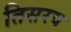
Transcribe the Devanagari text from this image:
तिसरय